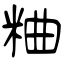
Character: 粬